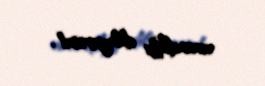
avandlığı diləyirəm!.